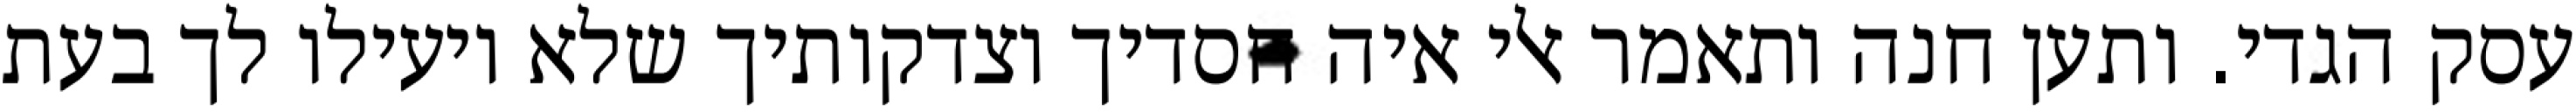
עסק הגדי. ותען חנה ותאמר אלי איה חסדיך וצדקותיך שלא יועילו לך בעת